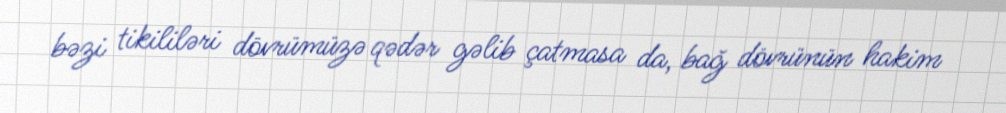
bəzi tikililəri dövrümüzə qədər gəlib çatmasa da, bağ dövrünün hakim